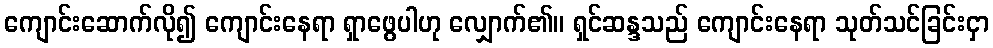
ကျောင်းဆောက်လို၍ ကျောင်းနေရာ ရှာဖွေပါဟု လျှောက်၏။ ရှင်ဆန္ဒသည် ကျောင်းနေရာ သုတ်သင်ခြင်းငှာ